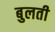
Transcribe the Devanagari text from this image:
बुलती